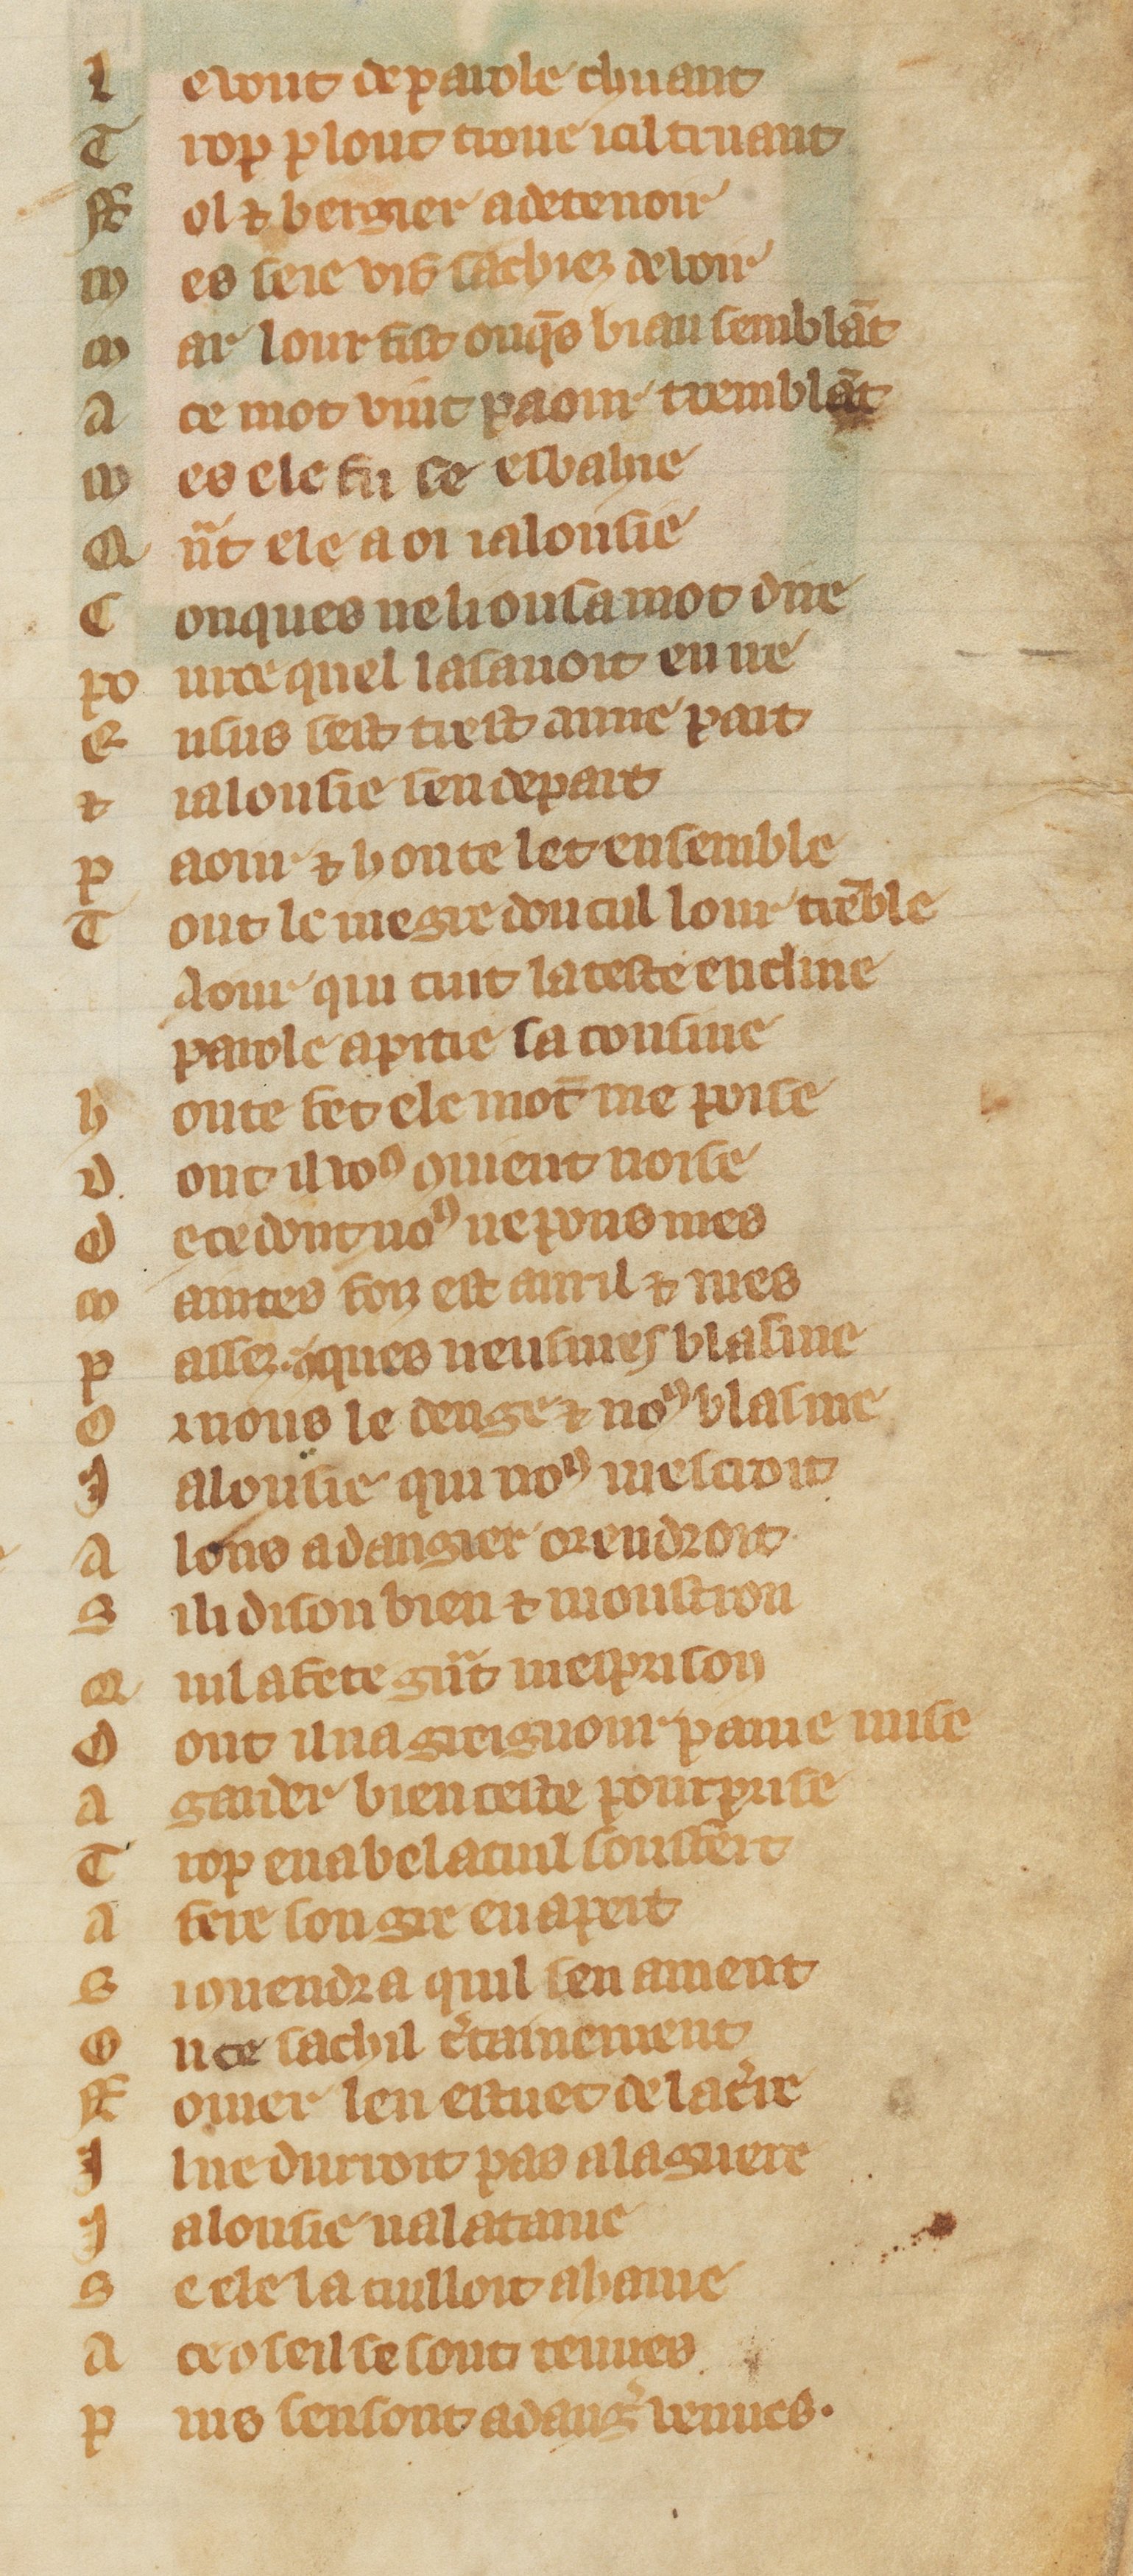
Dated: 1300–1349